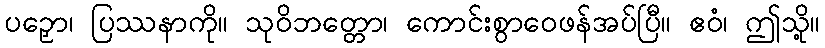
ပဉှော၊ ပြဿနာကို။ သုဝိဘတ္တော၊ ကောင်းစွာဝေဖန်အပ်ပြီ။ ဧဝံ၊ ဤသို့။